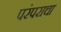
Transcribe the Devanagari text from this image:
परंपराचा